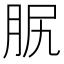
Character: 𦙷